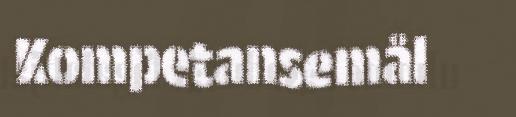
Kompetansemål